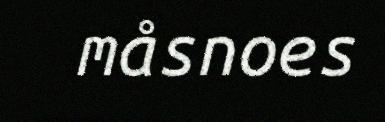
måsnoes